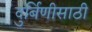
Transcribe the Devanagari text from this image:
दुर्बिणीसाठी